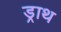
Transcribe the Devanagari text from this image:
ड्राथ